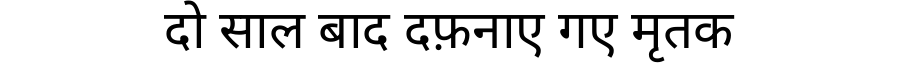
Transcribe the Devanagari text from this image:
दो साल बाद दफ़नाए गए मृतक